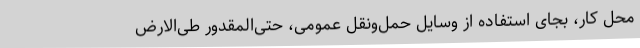
محل کار، بجای استفاده از وسایل حمل‌ونقل عمومی، حتی‌المقدور طی‌الارض